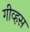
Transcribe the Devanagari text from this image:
गीव्हस